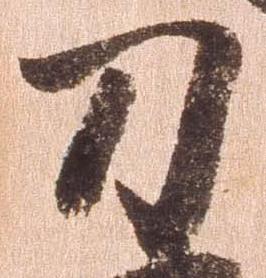
刀